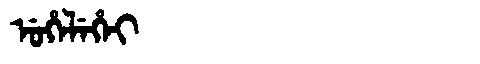
Manchu: ᡠᡥᡝᠯᡝᡥᡝᡳ
Romanization: UHELEHEI